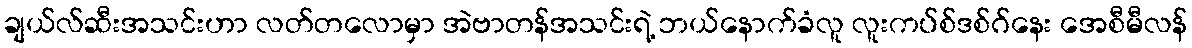
ချယ်လ်ဆီးအသင်းဟာ လတ်တလောမှာ အဲဗာတန်အသင်းရဲ့ ဘယ်နောက်ခံလူ လူးကပ်စ်ဒစ်ဂ်နေး အေစီမီလန်